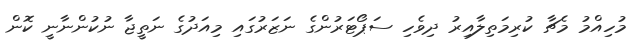
މުހިއްމު މެޗާ ކުރިމަތިލާއިރު ދިވެހި ސަޕޯޓަރުންގެ ނަޒަަރުގައި މިއަދުގެ ނަތީޖާ ނުކުންނާނީ ކޮން